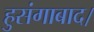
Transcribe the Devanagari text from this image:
हुसंगाबाद।